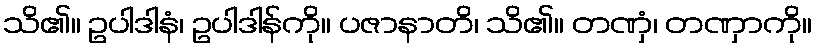
သိ၏။ ဥပါဒါနံ၊ ဥပါဒါန်ကို။ ပဇာနာတိ၊ သိ၏။ တဏှံ၊ တဏှာကို။